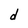
Character: d